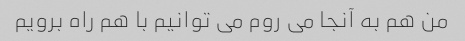
من هم به آنجا می روم می توانیم با هم راه برویم